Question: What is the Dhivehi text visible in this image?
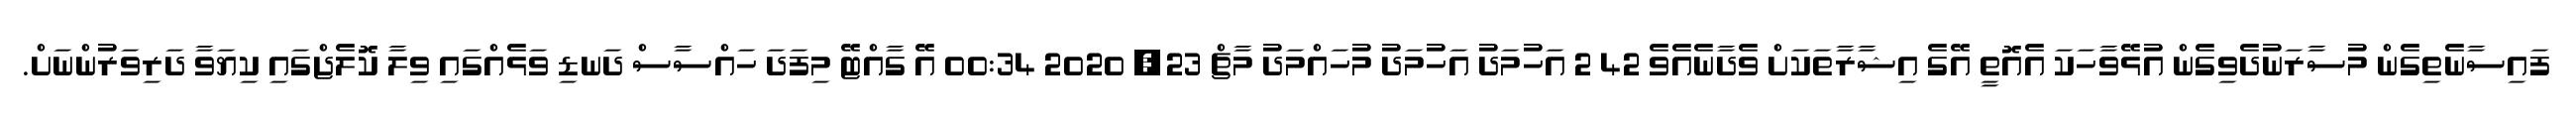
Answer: ފައިސާނެތިގެން މުސާރަނުދެވިގެން އުޅޭވާހަކަ އެއޮތީ އޭގެ އިޝާރާތަކަށް ވެދާނެއެވެ 42 2 އަހުމަދު އަހުމަދު މުހައްމަދު މާޗް 23, 2020 00:34 އޭ ގާއްޓޭ މިފަދަ ހައްސާސް ދަނޑި ވަޅެއްގައި ވިލާ ކޮލެޖްގައި ކިޔަވާ ދަރިވަރުންނަށް.